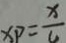
x p = \frac { x } { 4 }